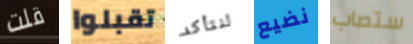
قلت تقبلوا لنتأكد نضيع ستصاب